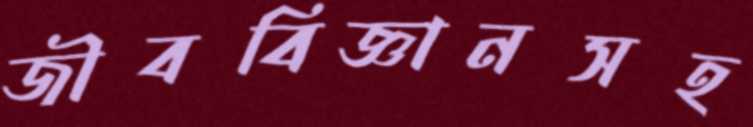
জীববিজ্ঞানসহ